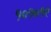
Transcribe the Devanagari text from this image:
१०१०१९